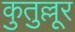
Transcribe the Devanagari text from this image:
कुतुल्लूर